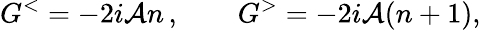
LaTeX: G^{<}=-2i{\cal A}n\, ,\qquad G^{>}=-2i{\cal A}(n+1),